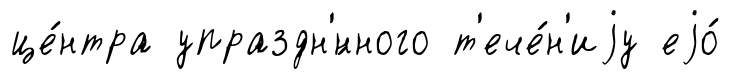
це́нтра упраздн'́нного т'ече́н'иjу еjо́